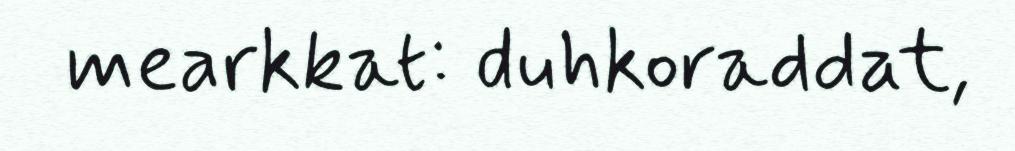
mearkkat: duhkoraddat,